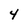
Character: 4